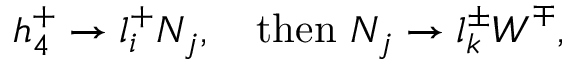
h _ { 4 } ^ { + } \to l _ { i } ^ { + } N _ { j } , ~ ~ ~ \mathrm { t h e n } ~ N _ { j } \to l _ { k } ^ { \pm } W ^ { \mp } ,